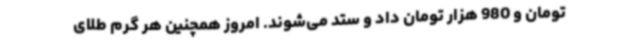
تومان و 980 هزار تومان داد و ستد می‌شوند. امروز همچنین هر گرم طلای